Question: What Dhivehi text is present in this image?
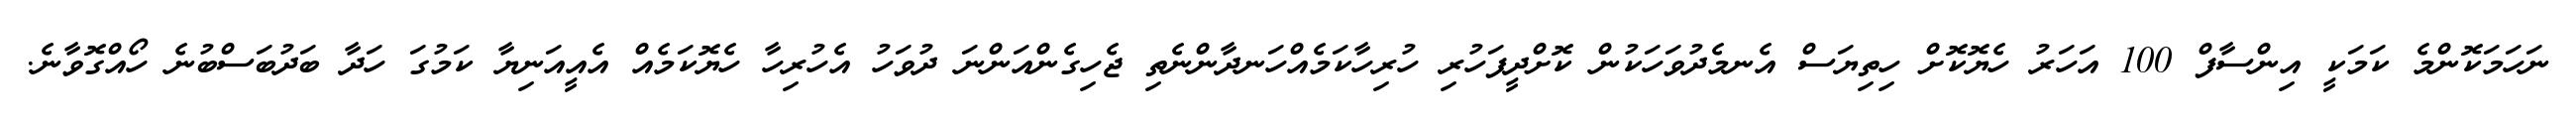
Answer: ނަހަމަކޮންމެ ކަމަކީ އިންސާފް 100 އަހަރު ހެޔޮކޮށް ހިތިޔަސް އެނމެދުވަހަކުން ކޮށްދީފަހުރި ހުރިހާކަމެއްހަނދާންނެތި ޖެހިގެންއަންނަ ދުވަހު އެހުރިހާ ހެޔޮކަމެއް އެއީއަނިޔާ ކަމުގަ ހަދާ ބަދުބަސްބުނެ ހޯއްގޮވާނެ.